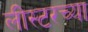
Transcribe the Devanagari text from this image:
लीस्टरच्या